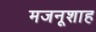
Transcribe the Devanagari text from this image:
मजनूशाह